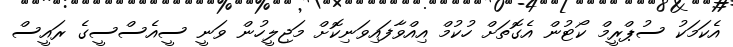
އެކަމަކު ސުޕްރީމް ކޯޓުން އެގޮތަށް ހުކުމް އިއްވާފައިވަނިކޮށް މަޖިލީހުން ވަނީ ސީއެސްސީގެ ރައީސް